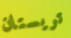
تريستان